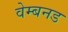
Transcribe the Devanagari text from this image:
वेम्बनड